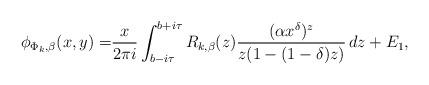
LaTeX: \begin{align*} \phi_{\Phi_k, \beta}(x, y)=&\frac{x}{2\pi i}\int_{b-i \tau}^{b+i \tau} R_{k, \beta}(z)\frac{(\alpha x^{\delta})^z }{z(1-(1-\delta)z)}\,dz+E_1, \end{align*}